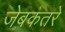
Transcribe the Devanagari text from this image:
जेबकतरे